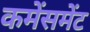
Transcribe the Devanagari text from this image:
कमेंसमेंट